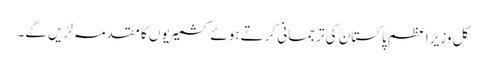
کل وزیر اعظم پاکستان کی ترجمانی کرتے ہوئے کشمیریوں کا مقدمہ لڑیں گے۔